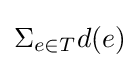
\Sigma _{e\in T}d(e)